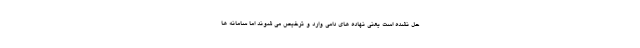
حل نشده است یعنی نهاده های دامی وارد و ترخیص می شوند اما سامانه ها